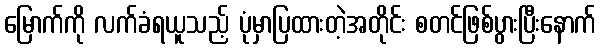
မြောက်ကို လက်ခံရယူသည့် ပုံမှာပြထားတဲ့အတိုင်း စတင်ဖြစ်ပွားပြီးနောက်